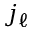
j _ { \ell }